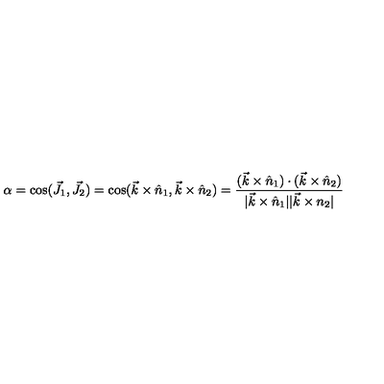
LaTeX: \alpha = \cos ( \vec { J } _ { 1 } , \vec { J } _ { 2 } ) = \cos ( \vec { k } \times \hat { n } _ { 1 } , \vec { k } \times \hat { n } _ { 2 } ) = \frac { ( \vec { k } \times \hat { n } _ { 1 } ) \cdot ( \vec { k } \times \hat { n } _ { 2 } ) } { | \vec { k } \times \hat { n } _ { 1 } | | \vec { k } \times n _ { 2 } | } \nonumber